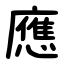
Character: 應